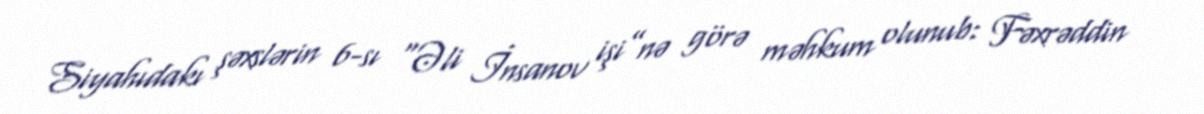
Siyahıdakı şəxslərin 6-sı “Əli İnsanov işi”nə görə məhkum olunub: Fəxrəddin